Jarvakandi_vallavalitsus, lk 40
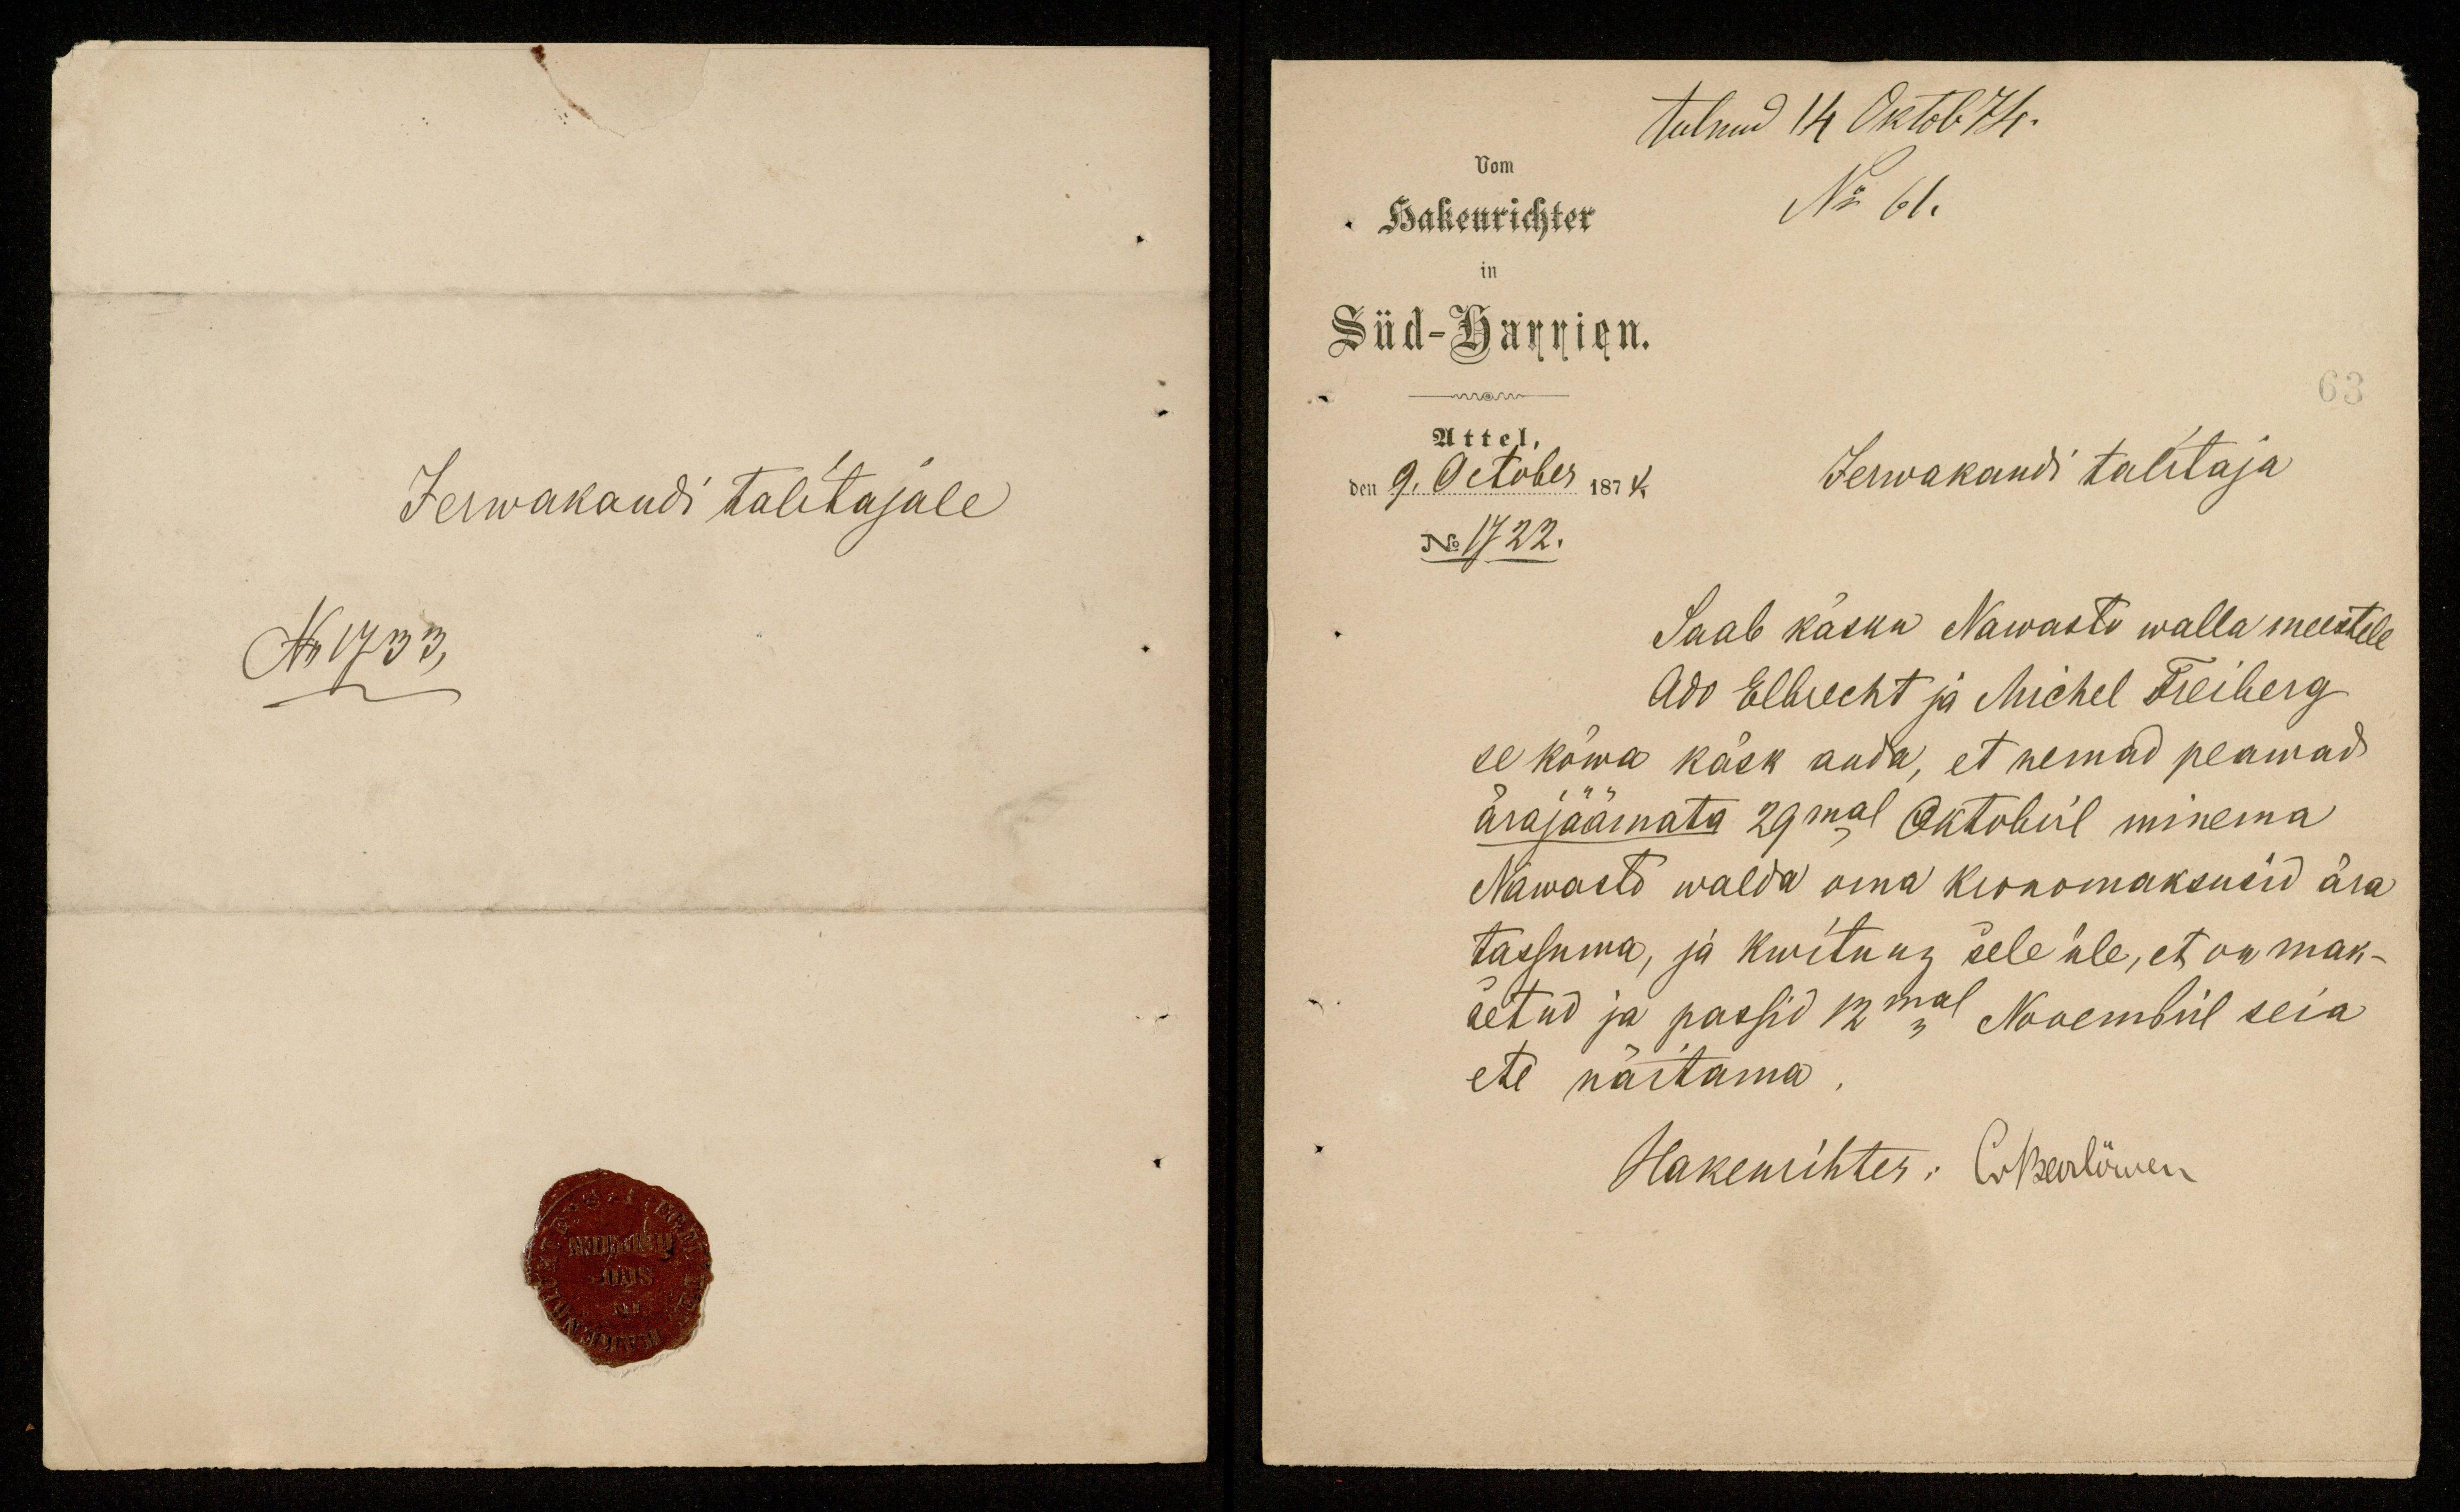
tulnud 14 Oktob 74.
Hakenrichter
No 61.
Süd-Harrien
Attel,
den 9. October 1874.
Jerwakandi talitaja
No 1722.
Saab käsku Nawastu walla meestele
Ado Elbrecht ja Michel Freiberg
se kõwa käsk anda, et nemad peawad
ärajäämata 29mal Oktobril minema
Nawasto walda oma kronomaksusid ära
tassuma, ja kwitung sele üle, et on mak-
setud ja passid 12mal Nowembril seia
ete näitama.
Hakenrihter: C. Meerläwen

Jerwakandi talitajale
No 1733.